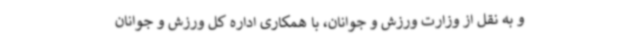
و به نقل از وزارت ورزش و جوانان، با همکاری اداره کل ورزش و جوانان